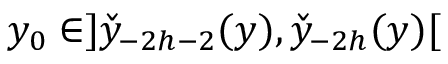
y _ { 0 } \in ] \check { y } _ { - 2 h - 2 } ( y ) , \check { y } _ { - 2 h } ( y ) [